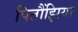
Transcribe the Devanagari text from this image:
पितौंझिया